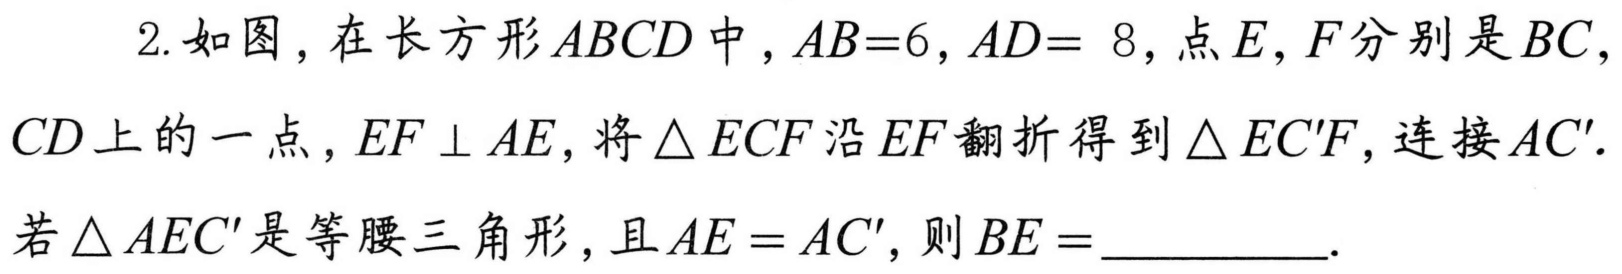
2. 如图，在长方形\(ABCD\)中，\(AB = 6\)，\(AD = 8\)，点\(E\)，\(F\)分别是\(BC\)，
\(CD\)上的一点，\(EF\perp AE\)，将\(\triangle ECF\)沿\(EF\)翻折得到\(\triangle EC'F\)，连接\(AC'\).
若\(\triangle AEC'\)是等腰三角形，且\(AE = AC'\)，则\(BE=\)__________.